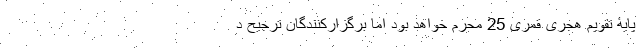
پایۀ تقویم هجری قمری 25 محرم خواهد بود اما برگزار‌کنندگان ترجیح د